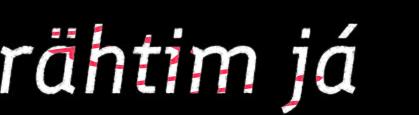
rähtim já